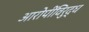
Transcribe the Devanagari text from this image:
आरोपींविरुद्ध